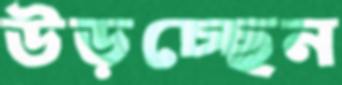
উড়চ্ছেন